Calcutta medical institutions reports 1892-1900
Year: 1892
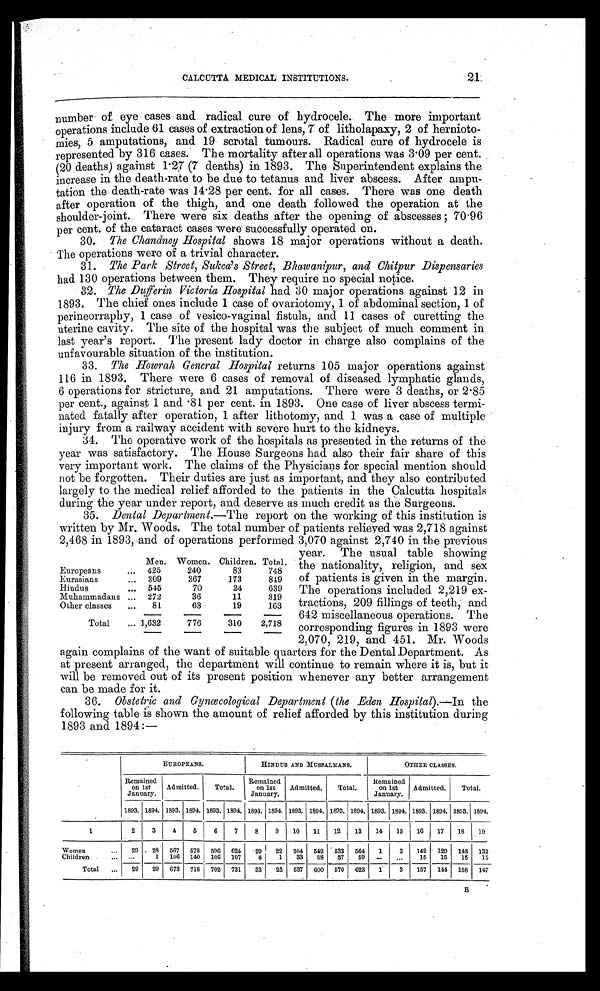
CALCUTTA MEDICAL INSTITUTIONS.
21
number of eye cases and radical cure of hydrocele. The more important
operations include 61 cases of extraction of lens, 7 of litholapaxy, 2 of hernioto-
mies, 5 amputations, and 19 scrotal tumours. Radical cure of hydrocele is
represented by 316 cases. The mortality after all operations was 3.09 per cent.
(20 deaths) against 1.27 (7 deaths) in 1893. The Superintendent explains the
increase in the death-rate to be due to tetanus and liver abscess. After ampu-
tation the death-rate was 14.28 per cent. for all cases. There was one death
after operation of the thigh, and one death followed the operation at the
shoulder-joint. There were six deaths after the opening of abscesses ; 70.96
per cent. of the cataract cases were successfully operated on.
30. The Chandney Hospital shows 18 major operations without a death.
The operations were of a trivial character.
31. The Park Street, Sukea’s Street, Bhawanipur, and Chitpur Dispensaries
had 130 operations between them. They require no special notice.
32. The Dufferin Victoria Hospital had 30 major operations against 12 in
1893. The chief ones include 1 case of ovariotomy, 1 of abdominal section, 1 of
perineorraphy, 1 case of vesico-vaginal fistula, and 11 cases of curetting the
uterine cavity. The site of the hospital was the subject of much comment in
last year’s report. The present lady doctor in charge also complains of the
unfavourable situation of the institution.
33. The Howrah General Hospital returns 105 major operations against
116 in 1893. There were 6 cases of removal of diseased lymphatic glands,
6 operations for stricture, and 21 amputations. There were 3 deaths, or 2.85
per cent., against 1 and .81 per cent. in 1893. One case of liver abscess termi-
nated fatally after operation, 1 after lithotomy, and 1 was a case of multiple
injury from a railway accident with severe hurt to the kidneys.
34. The operative work of the hospitals as presented in the returns of the
year was satisfactory. The House Surgeons had also their fair share of this
very important work. The claims of the Physicians for special mention should
not be forgotten. Their duties are just as important, and they also contributed
largely to the medical relief afforded to the patients in the Calcutta hospitals
during the year under report, and deserve as much credit as the Surgeons.
35. Dental Department.— The report on the working of this institution is
written by Mr. Woods. The total number of patients relieved was 2,718 against
2,468 in 1893, and of operations performed 3,070 against 2,740 in the previous
year. The usual table showing
the nationality, religion, and sex
of patients is given in the margin.
The operations included 2,219 ex-
tractions, 209 fillings of teeth, and
642 miscellaneous operations. The
corresponding figures in 1893 were
2,070, 219, and 451. Mr. Woods
again complains of the want of suitable quarters for the Dental Department. As
at present arranged, the department will continue to remain where it is, but it
will be removed out of its present position whenever any better arrangement
can be made for it.
36. Obstetric and Gynœcological Department (the Eden Hospital).— In the
following table is shown the amount of relief afforded by this institution during
1893 and 1894:—
EUROPEANS.
HINDUS AND MUSSALMANS.
OTHER CLASSES.
Remained
on 1st
January.
Admitted.
Total.
Remained
on 1st
January.
Admitted.
Total.
Remained
on 1st
January.
Admitted.
Total.
1893. 1894. 1893. 1894. 1893. 1894. 1893. 1894. 1893. 1894. 1893. 1894. 1893. 1894. 1893. 1894. 1893. 1894.
1
2
3
4
5
6
7
8
9
10
11
12
13
14
15
16
17
18
19
Women
...
29
28
567
578 596
624
29
22
504 542
533
564
1
3
142
129
143
132
Children
. . .
1
106 140
106
107
4
1
33
58
37
59
...
...
15
15
15
15
Total
...
29
29
673
718
702
731
33
23
537
600
570
623
1
3
157
144
158
147
E
Men. Women. Children. Total.
Europeans...
. . .
240
83
748
Eurasians
. . . 309
367
173
849
Hindus
. . . 545
70
24
639
Muhammadans
. . . 272
36
11
319
Other classes
...
81
63
19
163
Total
... 1,632
776
310
2,718